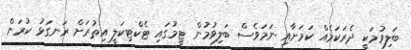
ބަލިވުމަކީ ދެރަކަމެއް ކަމަށާއި ނަމަވެސް ބަލިވުމުން ޓީމުގައި ޓެކްޓިކަލީ އިތުރަށް ރަނގަޅު ކުރަން